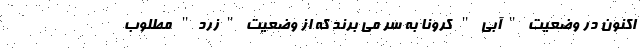
اکنون در وضعیت "آبی " کرونا به سر می برند که از وضعیت "زرد" مطلوب